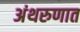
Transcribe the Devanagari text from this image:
अंथरुणात